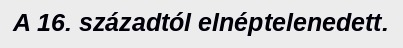
A 16. századtól elnéptelenedett.